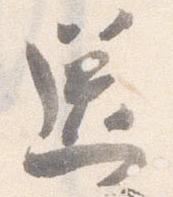
送